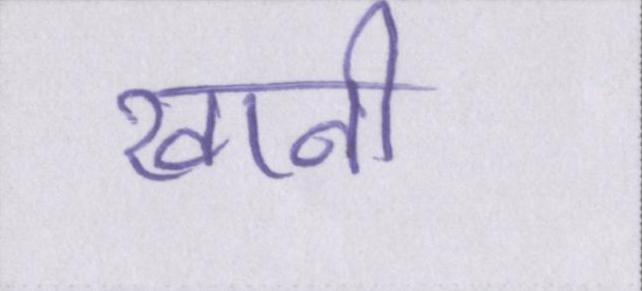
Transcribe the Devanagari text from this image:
खानी